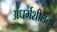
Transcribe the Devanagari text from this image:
अधर्मशीलता